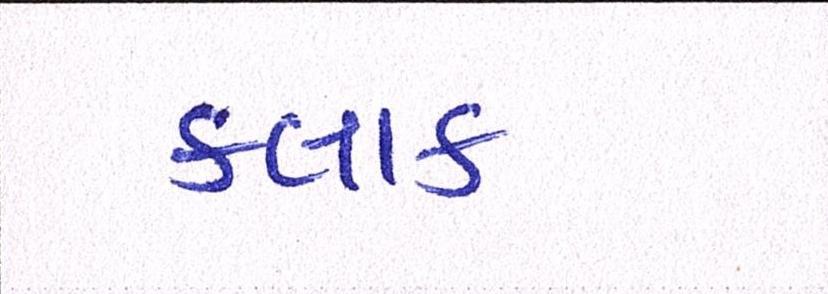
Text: કલાક